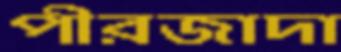
পীরজাদা